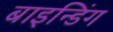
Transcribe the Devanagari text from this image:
बाइन्डिंग